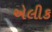
એલીક